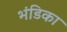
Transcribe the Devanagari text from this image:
भंडिका